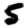
Digit: 5